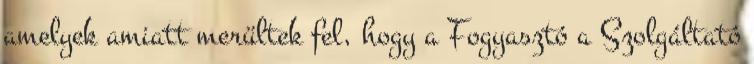
amelyek amiatt merültek fel, hogy a Fogyasztó a Szolgáltató